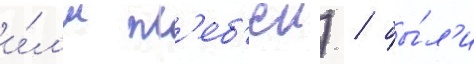
и́л'и пл'еб'еи) / бы́л'и